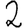
Digit: 2